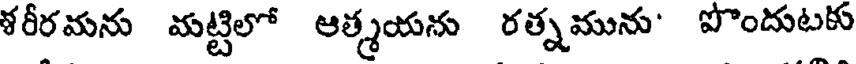
శరీరమను మట్టిలో ఆత్మయను రత్నమును' పొందుటకు